Insane asylums Bombay 1873-77 - 1873-1877
Year: 1873
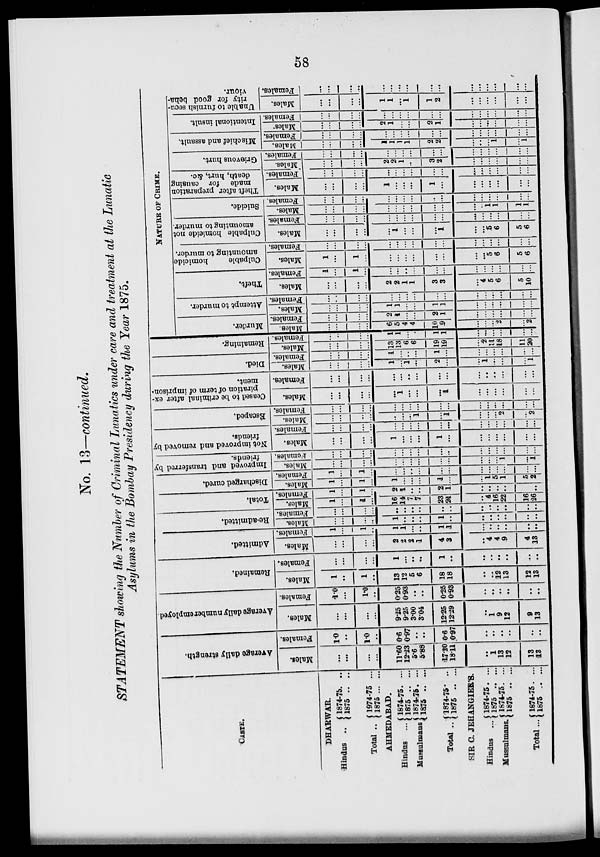
58
No. 13—continued.
STATEMENT showing the Number of Criminal Lunatics under care and treatment at the Lunatic
Asylums in the Bombay Presidency during the Year 1875.
CASTE.
DHARWAR.
Hindus ..
Total ..
1874-75 ..
1875 .. ..
1974-75 ...
1875 ... ...
AHMEDABAD.
Hindus
...
Mussulmans
Total ..
1874-75 ....
1875 ... ...
1874-75
...
1875 ... ...
1874-75
..
1875 ... ...
SIR C. JEHANGIER'S.
Hindus ...
Mussulmans.
Total ...
1874-75
...
1875 ... ...
1874-75
...
1875 ... ...
1874-75
...
1875 ... ...
Average daily strength.
Males.
...
...
...
...
11.60
12.23
5.6
5.88
17.20
18.11
..
1
13
12
13
13
Females.
1.0
..
1.0
..
0.6
0.97
..
..
0.6
0.97
..
..
..
..
..
..
Average daily number employed
Males.
...
...
..
...
9.25
9.25
3.00
3.04
12.25
12.29
..
1
9
12
9
13
Females.
1.0
...
1.0
..
0.25
0.93
..
..
0.25
0.93
..
..
..
..
..
..
Remained.
Males.
1
..
1
..
13
12
5
6
18
18
..
..
12
13
12
13
Females.
...
...
..
...
1
...
..
..
1
..
..
..
..
..
..
..
Admitted.
Males.
...
...
..
...
2
2
2
1
4
3
..
4
4
9
4
13
Females.
1
...
1
..
1
1
...
..
1
1
..
..
..
..
..
..
Re-admitted.
Males.
...
...
...
..
1
..
..
..
1
..
..
..
..
..
..
..
Females.
...
...
...
...
..
..
..
..
..
..
..
..
..
..
..
..
Total.
Males.
1
...
1
...
16
14
7
7
23
21
..
4
16
22
16
26
Females.
1
...
1
...
2
1
..
..
2
1
..
..
..
..
..
..
Discharged cured.
Males.
1
...
1
...
1
...
...
...
1
...
...
1
5
1
5
2
Females.
1
...
1
...
...
...
...
...
...
...
...
...
...
...
...
...
Improved and transferred by
friends.
Males.
...
...
...
...
...
...
...
...
...
...
...
...
...
1
...
1
Females.
...
...
...
...
...
...
...
...
...
..
...
...
...
...
...
...
Not improved and removed by
friends.
Males.
...
...
...
...
1
...
...
...
1
...
...
...
...
...
...
...
Females.
...
...
...
...
...
...
...
...
...
...
...
...
...
...
...
...
Escaped.
Males.
...
...
...
...
...
...
...
1
...
1
...
...
...
2
...
2
Females.
...
...
...
...
...
...
...
...
...
...
...
...
...
...
...
...
Ceased to be criminal after ex-
piration of term of imprison-
ment.
Males.
...
...
...
...
...
1
...
...
...
1
...
...
...
...
...
...
Females.
...
...
...
...
...
...
..
...
...
...
...
..
..
...
...
...
Died.
Males.
...
...
...
...
1
...
1
...
2
...
...
1
...
...
...
1
Females.
...
...
...
...
1
.. .
..
...
1
...
...
...
...
...
...
...
Remaining.
Males.
...
...
...
...
13
13
6
6
19
19
...
2
11
18
11
20
Females.
...
..
...
...
1
1
...
...
1
1
...
...
...
...
...
...
NATURE OF CRIME.
Murder.
Males.
...
...
...
...
6
5
4
4
10
9
...
...
...
2
...
2
Females.
...
...
...
...
2
1
...
...
2
1
...
...
...
...
...
...
Attempt to murder.
Males.
...
...
...
...
1
1
...
...
1
1
...
...
...
...
...
...
Females.
...
..
...
...
...
...
...
...
...
...
...
...
...
...
...
...
theft.
Males.
...
...
...
...
2
2
1
1
3
3
...
4
5
6
5
10
Females.
1
...
1
...
...
...
..
...
...
...
...
...
...
...
...
...
Culpable
homicide
amounting to murder.
Males.
1
...
1
...
...
...
...
...
...
...
...
...
5
6
5
6
Females.
...
...
...
...
...
...
...
...
...
...
...
...
...
...
...
...
Culpable homicide not
amounting to murder.
Males.
...
...
...
...
...
1
. ..
...
...
1
...
...
5
6
5
6
Females.
...
...
...
...
...
...
...
...
...
...
...
...
...
...
...
...
Suicide.
Males.
...
...
...
...
...
...
...
...
...
...
...
..
1
1
1
1
Females.
...
...
...
...
...
...
...
...
...
...
...
...
...
...
...
...
T heft after preparation
made for causing
death, hurt, &c.
Males.
...
...
...
...
1
...
...
...
1
...
...
...
...
...
...
...
Females.
...
...
...
...
...
...
...
...
...
...
...
...
...
...
...
...
Grievous hurt.
Males.
...
...
...
...
2
2
1
..
3
2
...
...
...
...
...
...
Females.
...
...
...
...
...
...
...
...
...
...
...
...
...
...
...
...
Mischief and assault.
Males.
...
...
...
...
1
1
1
1
2
2
...
..
...
1
...
1
Females.
...
...
...
...
...
...
...
...
...
...
...
...
...
...
...
...
Intentional insult.
Males.
...
...
...
...
2
1
...
...
2
1
...
...
...
...
...
...
Females.
...
...
...
...
...
...
...
...
...
...
...
...
...
...
...
...
Unable to furnish secu-
rity for good beha-
viour.
Males.
...
...
...
...
1
1
...
1
1
2
...
...
...
...
...
...
Females.
...
...
...
...
...
...
...
...
...
...
...
...
...
...
...
...